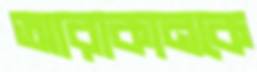
আরাকানকে